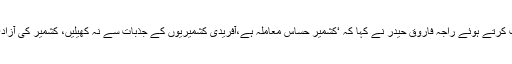
لندن میں ایک تقریب سے خطاب کرتے ہوئے راجہ فاروق حیدر نے کہا کہ ‘کشمیر حساس معاملہ ہے،آفریدی کشمیریوں کے جذبات سے نہ کھیلیں، کشمیر کی آزادی پر کوئی سمجھوتہ نہیں ہوگا’۔